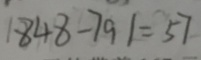
1 8 4 8 - 7 9 1 = 5 7